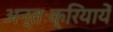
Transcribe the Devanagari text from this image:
अन्तःक्रियायें